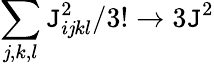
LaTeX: \sum_{\mathit{j},k,l}\mathtt{J}_{i\mathit{j}kl}^{2}/3!\rightarrow3\mathtt{J}^{2}